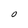
Character: O